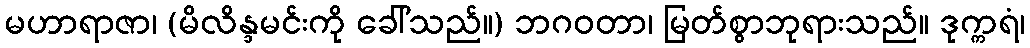
မဟာရာဇာ၊ (မိလိန္ဒမင်းကို ခေါ်သည်။) ဘဂဝတာ၊ မြတ်စွာဘုရားသည်။ ဒုက္ကရံ၊